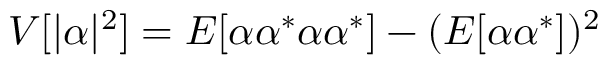
V [ | \alpha | ^ { 2 } ] = E [ \alpha \alpha ^ { \ast } \alpha \alpha ^ { \ast } ] - ( E [ \alpha \alpha ^ { \ast } ] ) ^ { 2 }